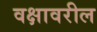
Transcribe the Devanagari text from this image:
वक्षावरील